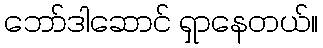
ဘော်ဒါဆောင် ရှာနေတယ်။